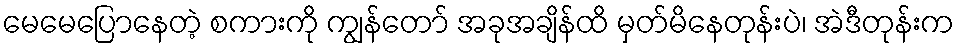
မေမေပြောနေတဲ့ စကားကို ကျွန်တော် အခုအချိန်ထိ မှတ်မိနေတုန်းပဲ၊ အဲဒီတုန်းက